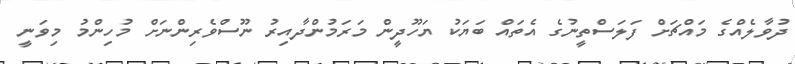
ދުވާލެއްގެ މައްޗަށް ފަލަސްތީނުގެ އެތައް ބަޔަކު ޔަހޫދީން މަރަމުންދާއިރު ނޫސްވެރިންނަށް މުހިންމު މިވަނީ